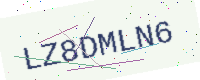
Text: LZ8DMLN6